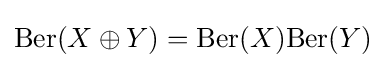
\operatorname {Ber} (X\oplus Y)=\operatorname {Ber} (X)\mathrm {Ber} (Y)